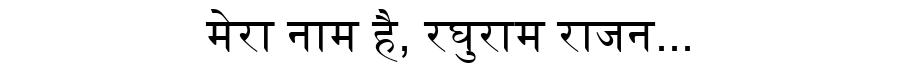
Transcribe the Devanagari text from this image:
मेरा नाम है, रघुराम राजन...